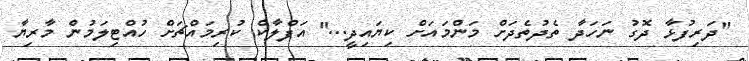
''ދަރިފުޅާ ދޮގު ނަހަދާ ތެދުތެދަށް މަންމައަށް ކިޔައިދީ...'' އަފްލާކް ކުރިމައްޗަށް ހުއްޓިލަމުން މާރިޔާ